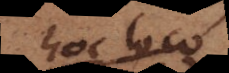
hoc loco